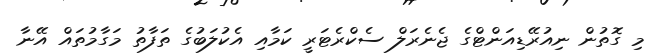
މި ގޮތުން ނިއުރޭޑިއަންޓްގެ ޖެނެރަލް ސެކްރެޓަރީ ކަމާއި އެކުލަބުގެ ތަފާތު މަގާމުތައް އޭނާ